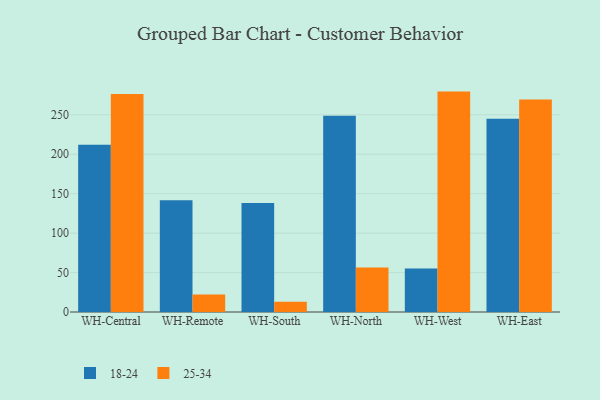
{"axis": {"x": "Warehouse", "y": "Demand Index"}, "legend": ["18-24", "25-34"], "data": [{"x": "WH-Central", "y": 212.0, "type": "18-24"}, {"x": "WH-Central", "y": 276.5, "type": "25-34"}, {"x": "WH-Remote", "y": 141.8, "type": "18-24"}, {"x": "WH-Remote", "y": 22.2, "type": "25-34"}, {"x": "WH-South", "y": 138.3, "type": "18-24"}, {"x": "WH-South", "y": 13.1, "type": "25-34"}, {"x": "WH-North", "y": 248.9, "type": "18-24"}, {"x": "WH-North", "y": 56.5, "type": "25-34"}, {"x": "WH-West", "y": 55.1, "type": "18-24"}, {"x": "WH-West", "y": 279.4, "type": "25-34"}, {"x": "WH-East", "y": 244.9, "type": "18-24"}, {"x": "WH-East", "y": 269.4, "type": "25-34"}]}